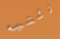
رئتيه